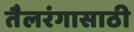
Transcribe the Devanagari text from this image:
तैलरंगासाठी